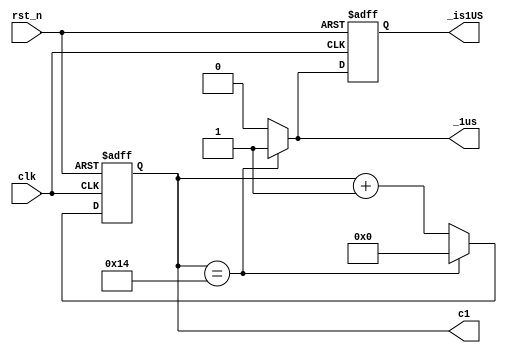
module counter_module_1us
(
    input clk,
    input rst_n,
    
    output _1us,
    output _is1US,
    
    output [4:0]c1
);

    /********************/
    
    //20MHz
    parameter T1US = 5'd20; // T1US = 5'd20;
    
    /********************/
    
    reg [4:0]count_1us;
    reg is1US;
    
    always @(posedge clk or negedge rst_n)
    begin
        if(!rst_n)
        begin
            count_1us <= 5'd0;
            is1US <= 1'b0;
        end
        else if(count_1us == T1US)
        begin
            count_1us <= 5'd0;
            is1US <= 1'b1;
        end
        else
        begin
            count_1us <= count_1us + 1'b1;
            is1US <= 1'b0;
        end
    end
    
    /********************/
    
    assign c1 = count_1us; //
    assign _1us = (count_1us == T1US) ? 1'b1 : 1'b0; //count_1us=20,1,T1~T19:19*50ns=0.95us
    assign _is1US = is1US; //,count_1us=20is1US=1,(count_1us=21/0),1,T1~T20:20*50ns=1us

    
    
endmodule